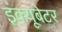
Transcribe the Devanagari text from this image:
इंक्यूबेटर